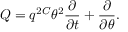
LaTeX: Q = q ^ { 2 C } \theta ^ { 2 } \frac { \partial } { \partial t } + \frac { \partial } { \partial \theta } .